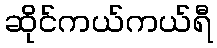
ဆိုင်ကယ်ကယ်ရီ